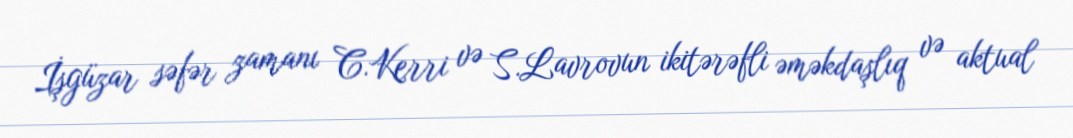
İşgüzar səfər zamanı C.Kerri və S.Lavrovun ikitərəfli əməkdaşlıq və aktual